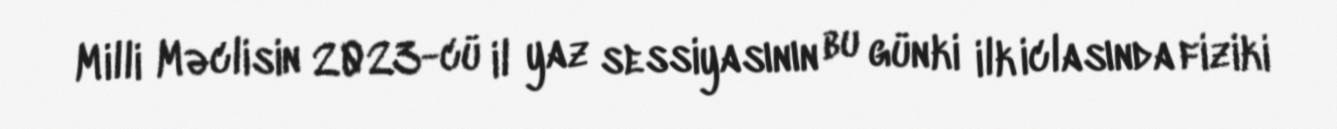
Milli Məclisin 2023-cü il yaz sessiyasının bu günki ilk iclasında fiziki